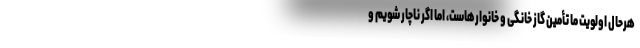
هرحال اولویت ما تأمین گاز خانگی و خانوارهاست، اما اگر ناچار شویم و